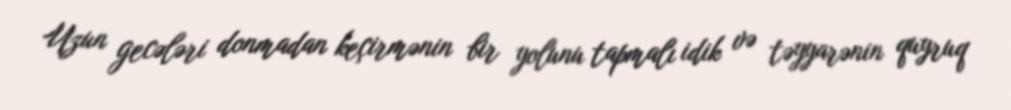
Uzun gecələri donmadan keçirmənin bir yolunu tapmalı idik və təyyarənin quyruq